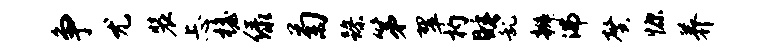
争尤装忐檐绿菊躁第翠杓睡乱辫沸馨慷养